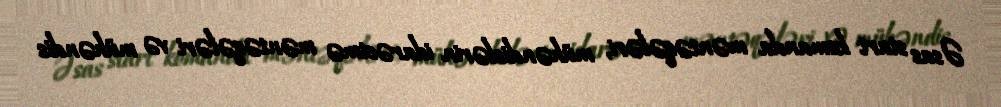
Əsas start komanda məntəqələri, mühəndislərin idarəetmə məntəqələri və mühəndis